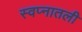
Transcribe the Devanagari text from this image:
स्वप्नातली